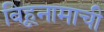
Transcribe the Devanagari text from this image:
बिहूनामाची